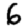
Digit: 6